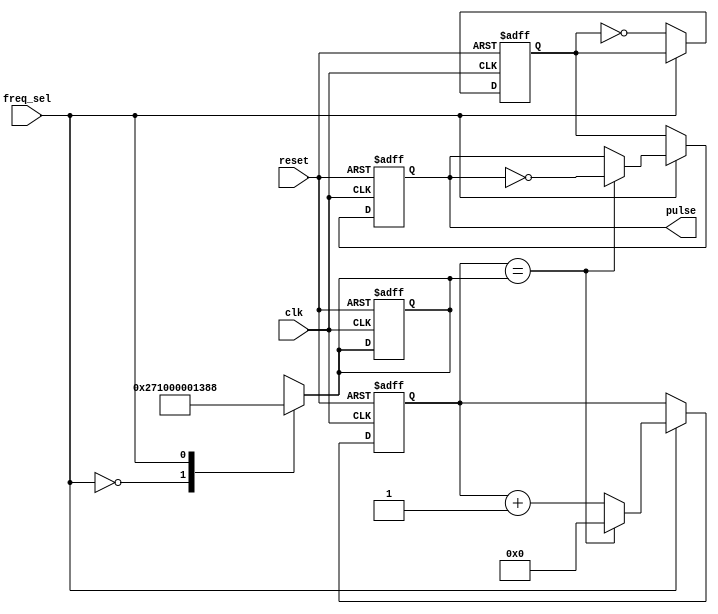
module VarFreqPulseGen (
    input wire clk,     // External clock signal
    input wire reset,   // Reset signal
    input wire freq_sel, // Frequency select signal
    output reg pulse     // Output pulse signal
);

reg [31:0] counter = 32'd0;
reg [31:0] freq_divider;
reg sync_signal = 1'b0;

always @(posedge clk or posedge reset) begin
    if (reset) begin
        counter <= 32'd0;
        freq_divider <= 32'd0;
        sync_signal <= 1'b0;
        pulse <= 1'b0;
    end
    else begin
        if (freq_sel) begin
            if (counter == freq_divider) begin
                pulse <= ~pulse;
                counter <= 32'd0;
            end
            else begin
                counter <= counter + 1;
            end
        end
        else begin
            // Synchronize with external clock or reference signal
            sync_signal <= ~sync_signal;
            pulse <= sync_signal;
        end
    end
end

// Dynamically adjust frequency divider based on frequency_sel signal
always @(*)
begin
    case(freq_sel)
        1'b0: freq_divider <= 10000; // Set frequency here as needed
        1'b1: freq_divider <= 5000;  // Set frequency here as needed
    endcase
end

endmodule